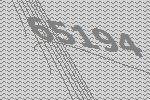
65194